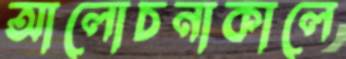
আলোচনাকালে